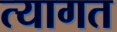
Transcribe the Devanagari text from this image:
त्यागत